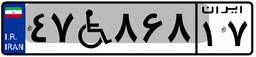
۴۷W۸۶۸۱۷